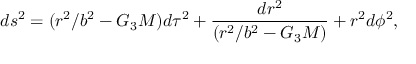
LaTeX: d s ^ { 2 } = ( r ^ { 2 } / b ^ { 2 } - G _ { 3 } M ) d \tau ^ { 2 } + { \frac { d r ^ { 2 } } { ( r ^ { 2 } / b ^ { 2 } - G _ { 3 } M ) } } + r ^ { 2 } d \phi ^ { 2 } ,